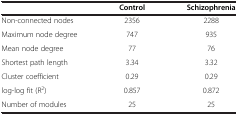
|  | Control | Schizophrenia |
 | --- | --- | --- |
 | Non-connected nodes | 2356 | 2288 |
 | Maximum node degree | 747 | 935 |
 | Mean node degree | 77 | 76 |
 | Shortest path length | 3.34 | 3.32 |
 | Cluster coefficient | 0.29 | 0.29 |
 | log-log fit (R2) | 0.857 | 0.872 |
 | Number of modules | 25 | 25 |